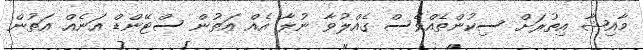
މާއިޝާ އިތުރަށް ސިކުންތެއްވެސް ގެއްލުވާ ނުލާ އެއް އަތުން ސްޓޭންޑް އަނެއް އަތުން